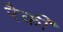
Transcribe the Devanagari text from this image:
रैकी